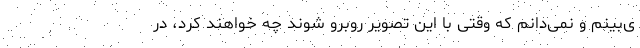
ی‌بینم و نمی‌دانم که وقتی با این تصویر روبرو شوند چه خواهند کرد، در